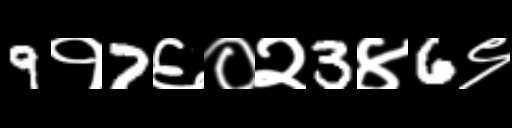
Text: 9१7६०२3४6९